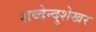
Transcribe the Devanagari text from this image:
शब्देन्दुशेखर